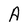
Character: A